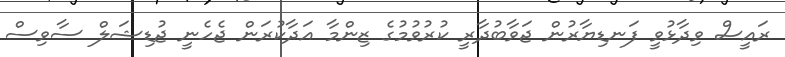
ރައީސް ވިދާޅުވީ ފަނޑިޔާރުން ޖަވާބުދާރީ ކުރުވުމުގެ ޒިންމާ އަދާކުރަން ޖެހެނީ ޖުޑިޝަލް ސާވިސް